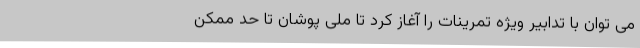
می توان با تدابیر ویژه تمرینات را آغاز کرد تا ملی پوشان تا حد ممکن